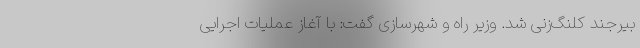
بیرجند کلنگ‌زنی شد. وزیر راه و شهرسازی گفت: با آغاز عملیات اجرایی